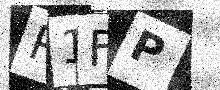
Text: P1FP